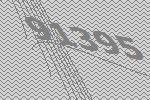
91395